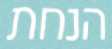
הנחת